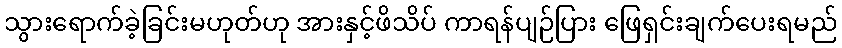
သွားရောက်ခဲ့ခြင်းမဟုတ်ဟု အားနှင့်ဖိသိပ် ကာရန်ပျဉ်ပြား ဖြေရှင်းချက်ပေးရမည်